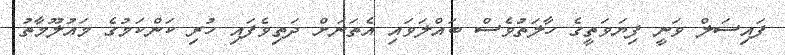
ފައިސަލް ވަނީ ފިޔަވަތީގެ ހާލަތުވެސް ބައްލަވައި އެތަނަށް ދަތިވެފައި ހުރި ކަންކަމުގެ މައުލޫމާތު